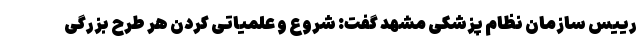
رییس سازمان نظام پزشکی مشهد گفت: شروع و علمیاتی کردن هر طرح بزرگی